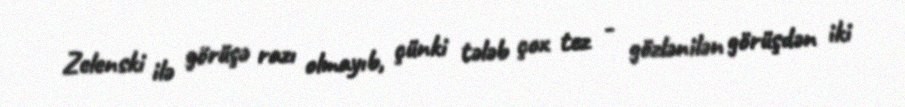
Zelenski ilə görüşə razı olmayıb, çünki tələb çox tez - gözlənilən görüşdən iki